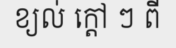
ខ្យល់ ក្តៅ ៗ ពី